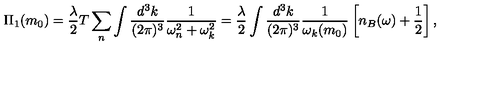
\Pi _ { 1 } ( m _ { 0 } ) = \frac { \lambda } { 2 } T \sum _ { n } \int \frac { d ^ { 3 } k } { ( 2 \pi ) ^ { 3 } } \frac { 1 } { \omega _ { n } ^ { 2 } + \omega _ { k } ^ { 2 } } = \frac { \lambda } { 2 } \int \frac { d ^ { 3 } k } { ( 2 \pi ) ^ { 3 } } \frac { 1 } { \omega _ { k } ( m _ { 0 } ) } \left[ n _ { B } ( \omega ) + \frac { 1 } { 2 } \right] ,